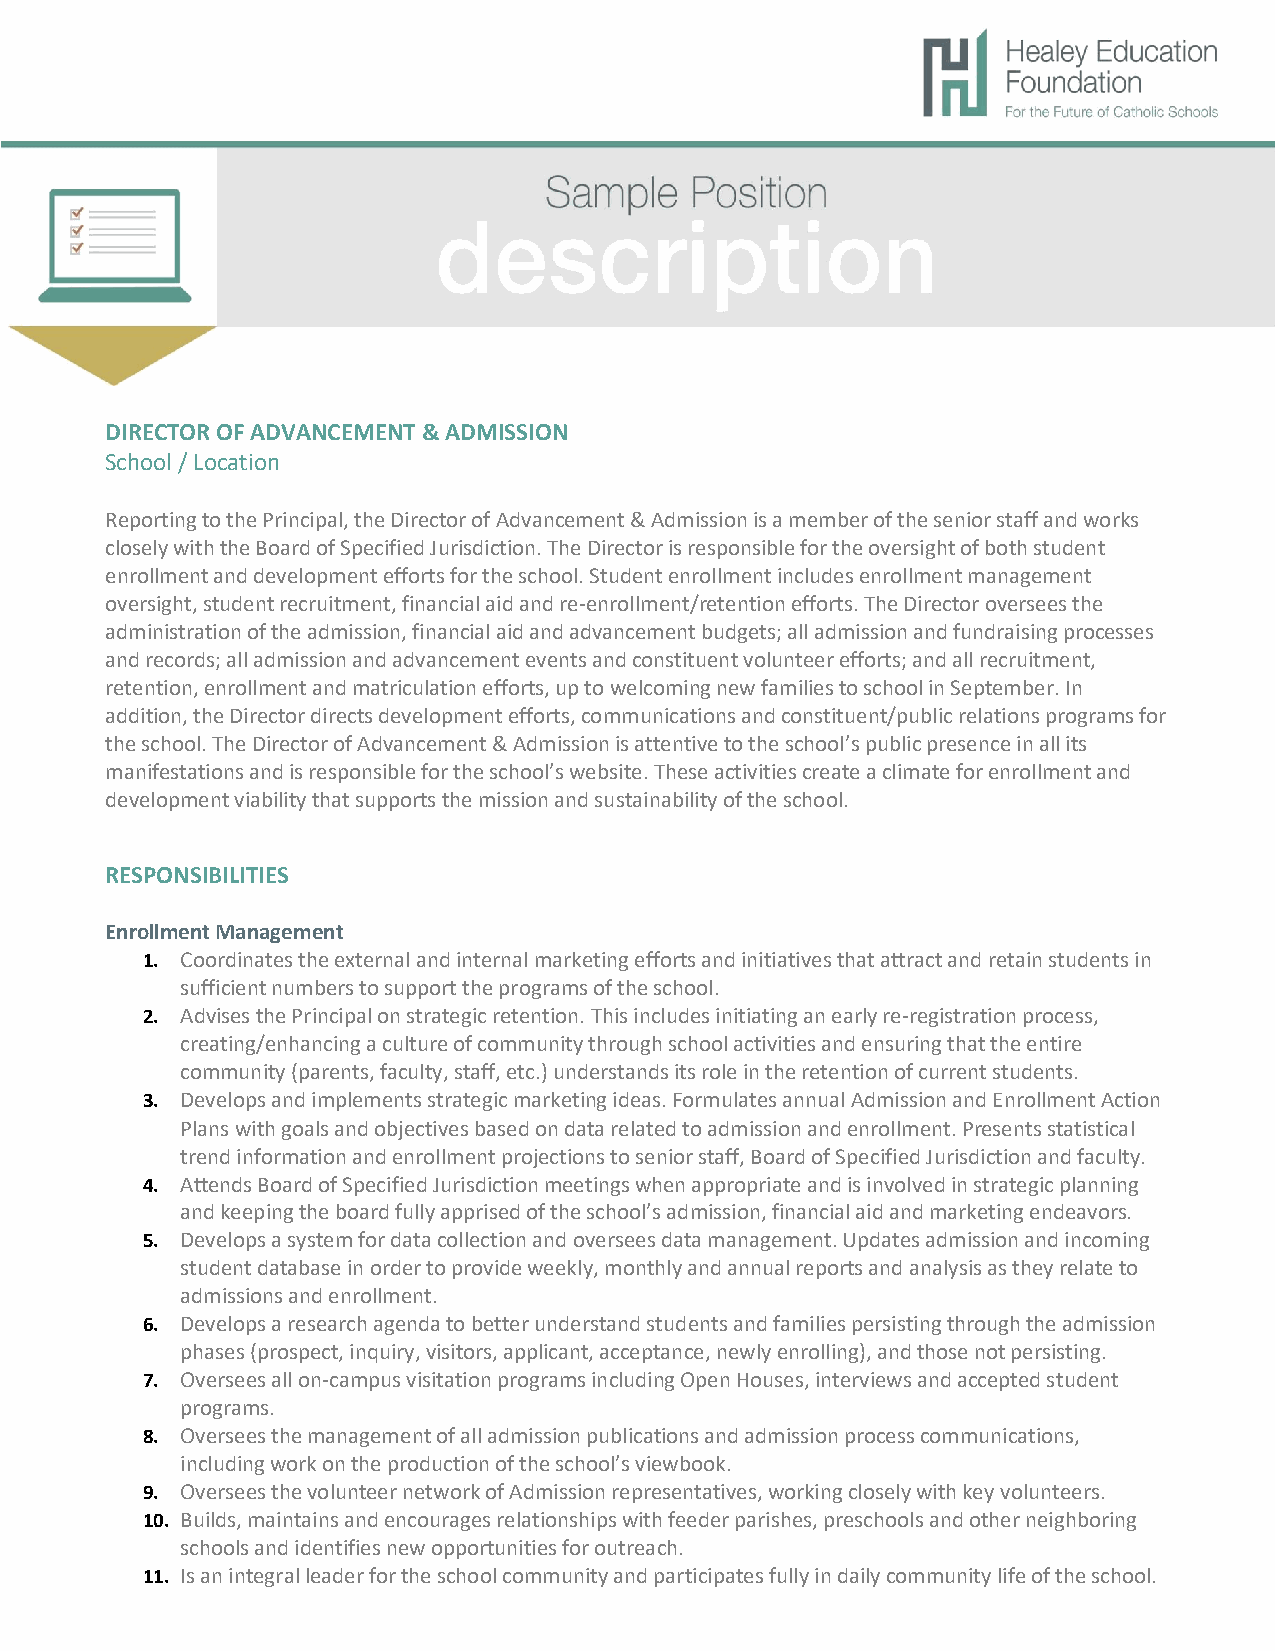
DIRECTOR OF ADVANCEMENT & ADMISSION
 School / Location
 Reporting to the Principal, the Director of Advancement & Admission is a member of the senior staff and works
 closely with the Board of Specified Jurisdiction. The Director is responsible for the oversight of both student
 enrollment and development efforts for the school. Student enrollment includes enrollment management
 oversight, student recruitment, financial aid and re-enrollment/retention efforts. The Director oversees the
 administration of the admission, financial aid and advancement budgets; all admission and fundraising processes
 and records; all admission and advancement events and constituent volunteer efforts; and all recruitment,
 retention, enrollment and matriculation efforts, up to welcoming new families to school in September. In
 addition, the Director directs development efforts, communications and constituent/public relations programs for
 the school. The Director of Advancement & Admission is attentive to the school’s public presence in all its
 manifestations and is responsible for the school’s website. These activities create a climate for enrollment and
 development viability that supports the mission and sustainability of the school.
 RESPONSIBILITIES
 Enrollment Management
 1. Coordinates the external and internal marketing efforts and initiatives that attract and retain students in
 sufficient numbers to support the programs of the school.
 2. Advises the Principal on strategic retention. This includes initiating an early re-registration process,
 creating/enhancing a culture of community through school activities and ensuring that the entire
 community (parents, faculty, staff, etc.) understands its role in the retention of current students.
 3. Develops and implements strategic marketing ideas. Formulates annual Admission and Enrollment Action
 Plans with goals and objectives based on data related to admission and enrollment. Presents statistical
 trend information and enrollment projections to senior staff, Board of Specified Jurisdiction and faculty.
 4. Attends Board of Specified Jurisdiction meetings when appropriate and is involved in strategic planning
 and keeping the board fully apprised of the school’s admission, financial aid and marketing endeavors.
 5. Develops a system for data collection and oversees data management. Updates admission and incoming
 student database in order to provide weekly, monthly and annual reports and analysis as they relate to
 admissions and enrollment.
 6. Develops a research agenda to better understand students and families persisting through the admission
 phases (prospect, inquiry, visitors, applicant, acceptance, newly enrolling), and those not persisting.
 7. Oversees all on-campus visitation programs including Open Houses, interviews and accepted student
 programs.
 8. Oversees the management of all admission publications and admission process communications,
 including work on the production of the school’s viewbook.
 9. Oversees the volunteer network of Admission representatives, working closely with key volunteers.
 10. Builds, maintains and encourages relationships with feeder parishes, preschools and other neighboring
 schools and identifies new opportunities for outreach.
 11. Is an integral leader for the school community and participates fully in daily community life of the school.